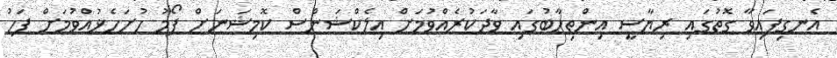
އެނގިފައިވާ ގޮތުގައި ރިޔާސީ އިންތިހާބުގައި ވާދަކުރެއްވުމަށް އިލެކްޝަންސް ކޮމިޝަނަށް ފޯމު ހުށަހެޅުއްވުމަށް ފަހު